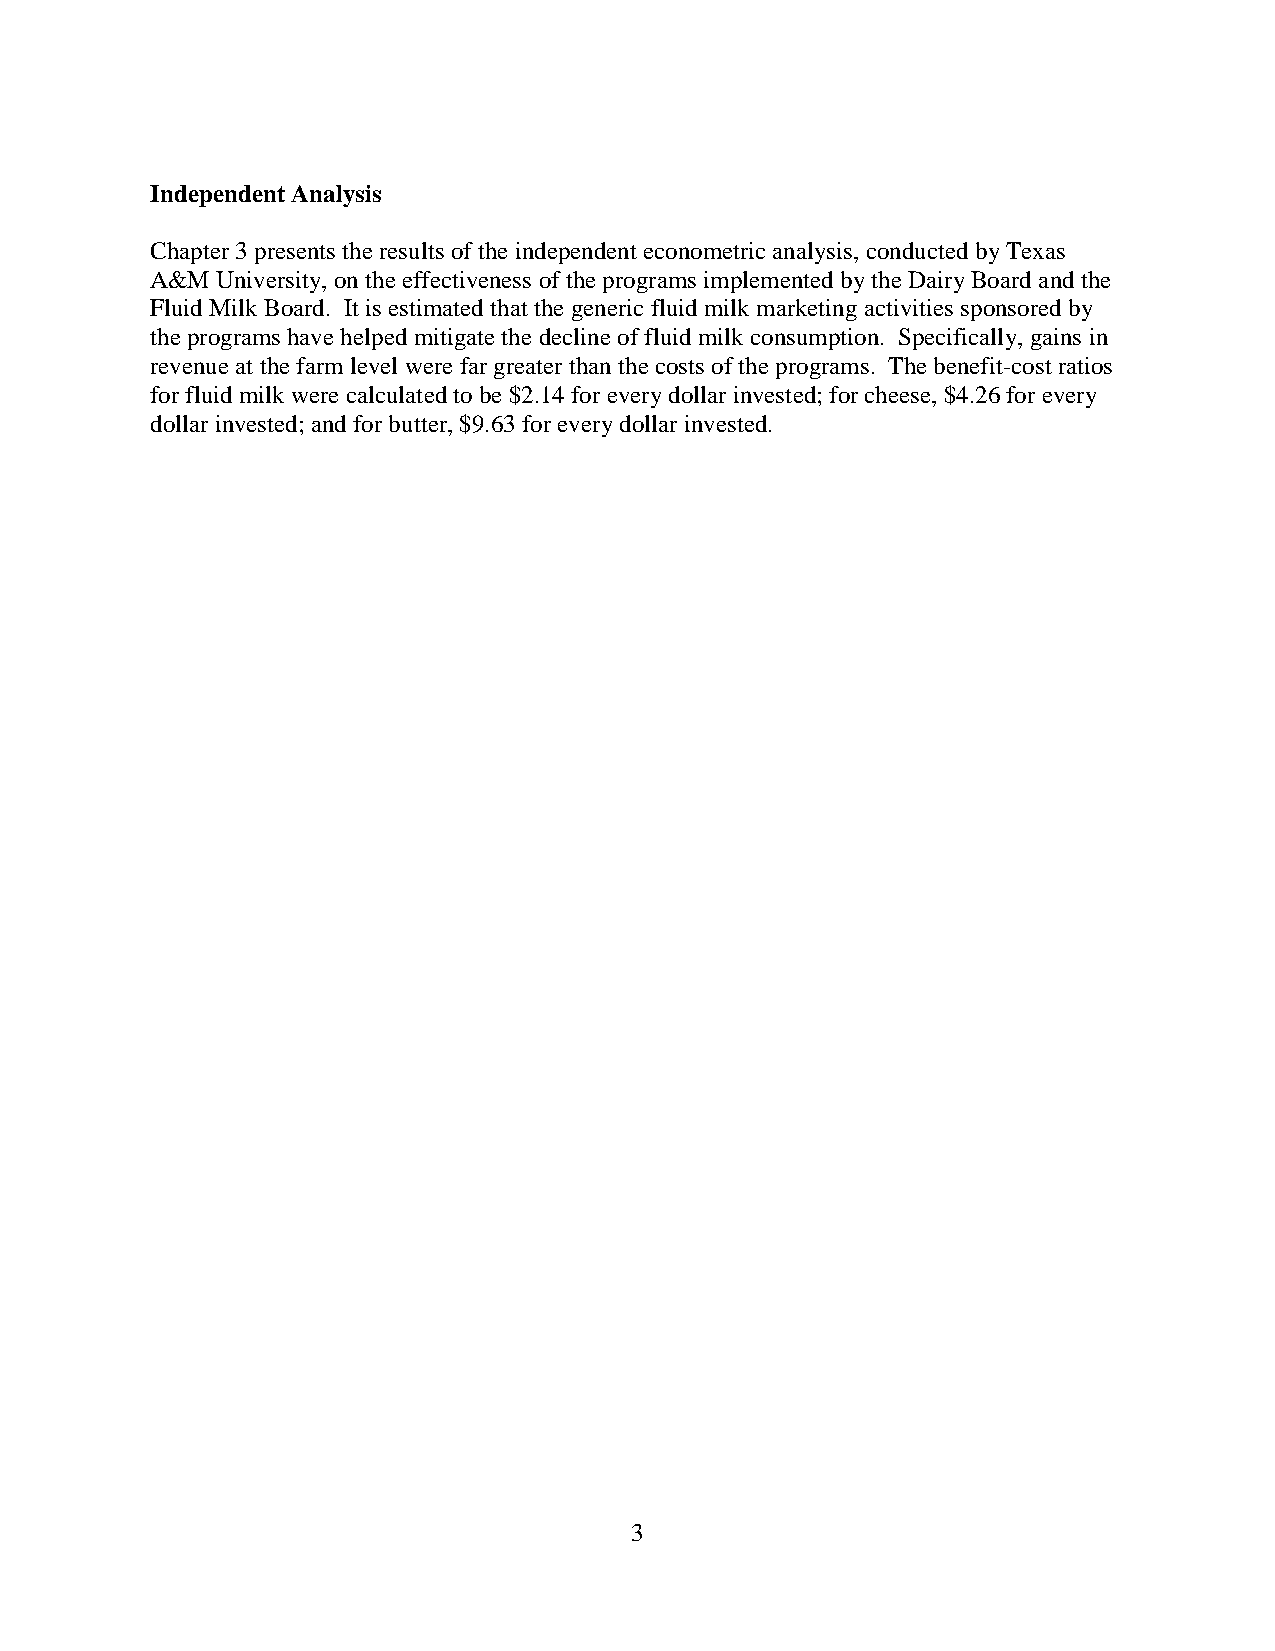
Independent Analysis
 Chapter 3 presents the results of the independent econometric analysis, conducted by Texas
 A&M University, on the effectiveness of the programs implemented by the Dairy Board and the
 Fluid Milk Board. It is estimated that the generic fluid milk marketing activities sponsored by
 the programs have helped mitigate the decline of fluid milk consumption. Specifically, gains in
 revenue at the farm level were far greater than the costs of the programs. The benefit-cost ratios
 for fluid milk were calculated to be $2.14 for every dollar invested; for cheese, $4.26 for every
 dollar invested; and for butter, $9.63 for every dollar invested.
 3